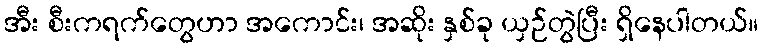
အီး စီးကရက်တွေဟာ အကောင်း၊ အဆိုး နှစ်ခု ယှဉ်တွဲပြီး ရှိနေပါတယ်။